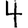
Digit: 4